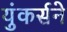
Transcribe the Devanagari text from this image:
युंकर्सने